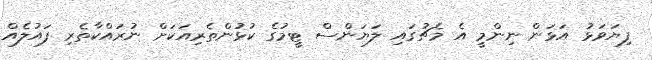
ފިޔަވަޅު އަޅަން ނިންމީ އެ މެޗުގައި ލަޔަންސް ޓީމުގެ ކުޅުންތެރިއަކަށް ނުރައްކާތެރި ފައުލެއް